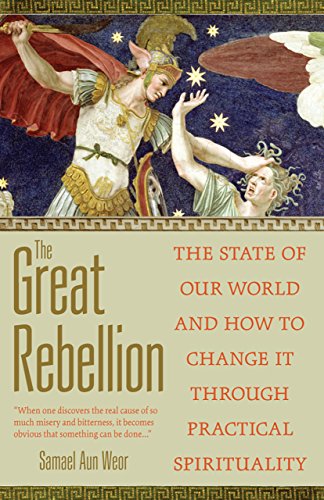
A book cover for The Great Rebellion: The State of Our World and How to Change It; Samael Aun Weor; Christian Books & Bibles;